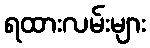
ရထားလမ်းများ